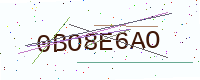
Text: 0BO8E6AO